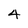
Character: 4